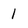
Character: 1